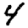
Digit: 4